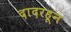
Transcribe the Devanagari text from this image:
दादरहून